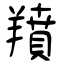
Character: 羵